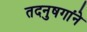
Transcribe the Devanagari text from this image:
तदनुषगांने